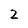
Character: 2